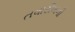
તવારીખની